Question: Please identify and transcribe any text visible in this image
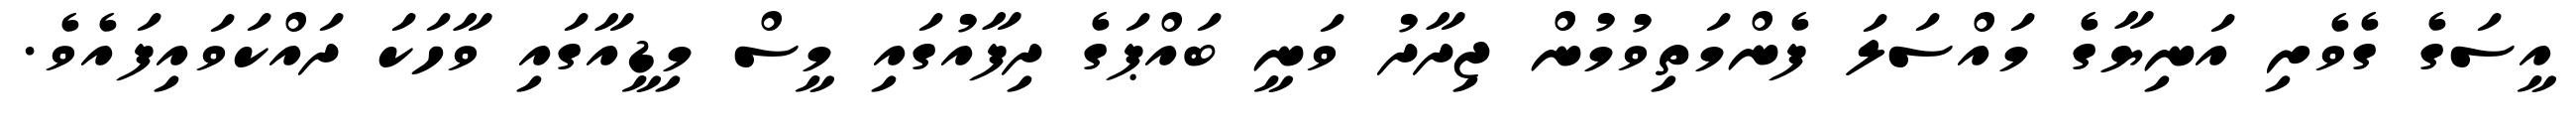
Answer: އީސަގެ ގެވެށި އަނިޔާގެ މައްސަލަ ފެންމަތިވުމުން ޖިދާދު ވަނީ ބައްޕަގެ ދިފާއުގައި މީސް މިޑީއާގައި ވާހަކަ ދައްކަވައިފައެވެ.